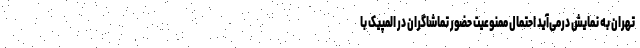
تهران به نمایش درمی‌آید احتمال ممنوعیت حضور تماشاگران در المپیک با